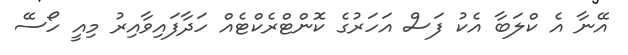
އޭނާ އެ ކްލަބާ އެކު ފަސް އަހަރުގެ ކޮންޓްރެކްޓެއް ހަދާފައިވާއިރު މިއީ ހޯސޭ